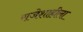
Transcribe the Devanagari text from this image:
राजेशाहीला